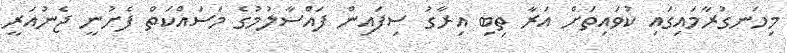
މިހަނގުރާމައިގައި ކުވައިތަށް އަރާ ތިބި އިރާގު ސިފައިން ފައްސާލުމުގެ މަސައްކަތް ފެށުނީ ޖެނުއަރީ